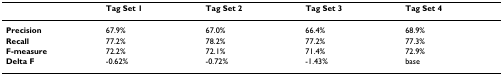
<table><thead><tr><td></td><td><b>Tag Set 1</b></td><td><b>Tag Set 2</b></td><td><b>Tag Set 3</b></td><td><b>Tag Set 4</b></td></tr></thead><tbody><tr><td><b>Precision</b></td><td>67.9%</td><td>67.0%</td><td>66.4%</td><td>68.9%</td></tr><tr><td><b>Recall</b></td><td>77.2%</td><td>78.2%</td><td>77.2%</td><td>77.3%</td></tr><tr><td><b>F-measure</b></td><td>72.2%</td><td>72.1%</td><td>71.4%</td><td>72.9%</td></tr><tr><td><b>Delta F</b></td><td>-0.62%</td><td>-0.72%</td><td>-1.43%</td><td>base</td></tr></tbody></table>